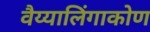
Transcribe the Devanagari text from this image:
वैय्यालिंगाकोण